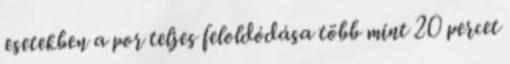
esetekben a por teljes feloldódása több mint 20 percet